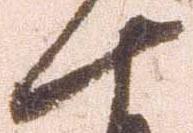
十